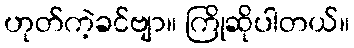
ဟုတ်ကဲ့ခင်ဗျာ။ ကြိုဆိုပါတယ်။